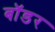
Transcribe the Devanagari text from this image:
बाॅडर